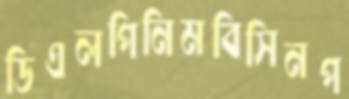
ডিএলপিনিমবিসিনপ